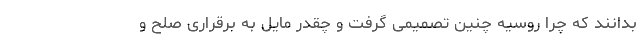
بدانند که چرا روسیه چنین تصمیمی گرفت و چقدر مایل به برقراری صلح و